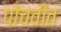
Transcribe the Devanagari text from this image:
पोचवीत